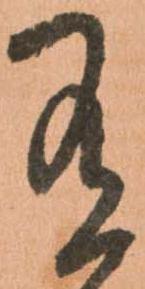
有